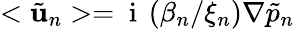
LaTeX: <\tilde{\mathbf{u}}_{n}>=\mathrm{~i~}\left(\beta_{n}/\xi_{n}\right)\nabla\tilde{p}_{n}